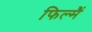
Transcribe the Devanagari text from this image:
फिल्मैं